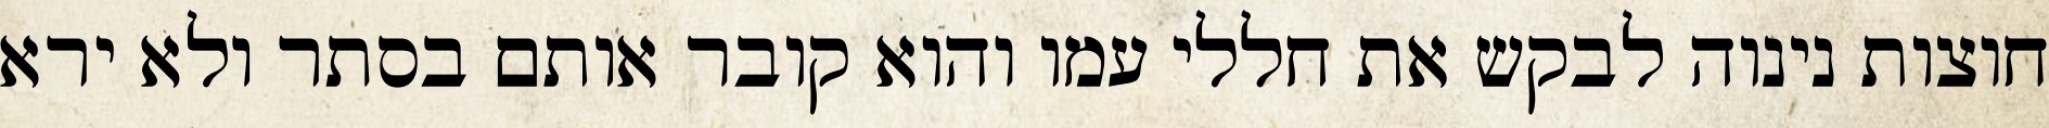
חוצות נינוה לבקש את חללי עמו והוא קובר אותם בסתר ולא ירא